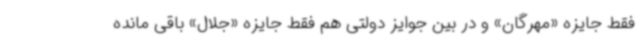
فقط جایزه «مهرگان» و در بین جوایز دولتی هم فقط جایزه «جلال» باقی مانده